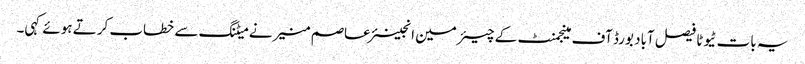
یہ بات ٹیوٹا فیصل آباد بورڈ آف مینجمنٹ کے چیئرمین انجینئر عاصم منیر نے میٹنگ سے خطاب کرتے ہوئے کہی۔